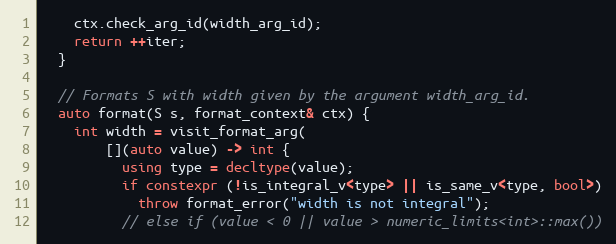
Language: C++
    ctx.check_arg_id(width_arg_id);
    return ++iter;
  }

  // Formats S with width given by the argument width_arg_id.
  auto format(S s, format_context& ctx) {
    int width = visit_format_arg(
        [](auto value) -> int {
          using type = decltype(value);
          if constexpr (!is_integral_v<type> || is_same_v<type, bool>)
            throw format_error("width is not integral");
          // else if (value < 0 || value > numeric_limits<int>::max())